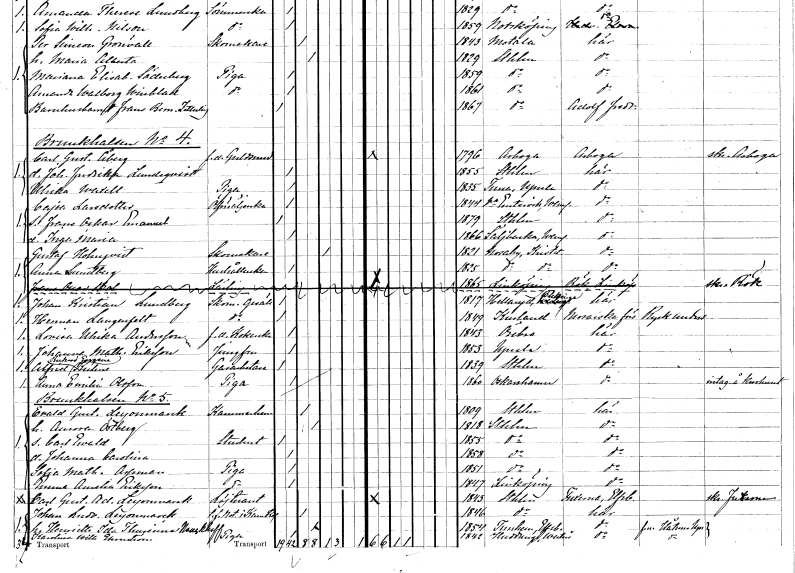
gt_parse: households: individuals: FN: Carl Gustaf
EN: Åberg
YRKE: Guldsmed f.d.
KON: M
CIV: O
FODAR: 1796
FODFORS: Arboga Västmanlands län
FN: Johanna Fredrika
EN: Lundqvist
KON: K
CIV: O
FODAR: 1855
FODFORS: Stockholm
FN: Ulrika
EN: Waxell
YRKE: Piga
KON: K
CIV: O
FODAR: 1835
FODFORS: Tuna Uppsala län
FN: Cajsa
EN: Larsdotter
YRKE: Ölförsäljerska
KON: K
CIV: O
FODAR: 1844
FODFORS: Västra Ämtervik Värmlands län
FN: Frans Oskar Emanuel
KON: M
CIV: O
FODAR: 1879
FODFORS: Stockholm
FN: Inga Maria
KON: K
CIV: O
FODAR: 1866
FODFORS: Säljbacka Värmlands län
FN: Gustaf
EN: Holmqvist
YRKE: Skomakare
KON: M
CIV: E
FODAR: 1821
FODFORS: Nosaby Kristianstads län
FN: Anna
EN: Lundberg
YRKE: Hushållerska
KON: K
CIV: O
FODAR: 1825
FODFORS: Nosaby Kristianstads län
FN: Frans Oscar
EN: Bral
YRKE: Lärling
KON: M
CIV: O
FODAR: 1865
FODFORS: Linköping Östergötlands län
FN: Johan Kristian
EN: Lundberg
YRKE: Skomakaregesäll
KON: M
CIV: O
FODAR: 1817
FODFORS: Hällaryd Blekinge län
FN: Herman
EN: Langenfeldt
YRKE: Skomakaregesäll
KON: M
CIV: O
FODAR: 1849
FN: Lovisa Ulrika
EN: Andersson
YRKE: Kokerska f.d.
KON: K
CIV: O
FODAR: 1843
FODFORS: Örebro Örebro län
FN: Johanna Mathilda
EN: Eriksson
YRKE: Jungfru
KON: K
CIV: O
FODAR: 1853
FODFORS: Uppsala Uppsala län
FN: Alfrid Richard Eugéne
EN: Kuhne
YRKE: Gasarbetare
KON: M
CIV: O
FODAR: 1839
FODFORS: Stockholm
FN: Anna Emilia
EN: Olsson
YRKE: Piga
KON: K
CIV: O
FODAR: 1860
FODFORS: Oskarshamn Kalmar län
FN: Evald Gustaf
EN: Leijonmarck
KON: M
CIV: G
FODAR: 1809
FODFORS: Stockholm
FN: Aurora
EN: Östberg
KON: K
CIV: G
FODAR: 1818
FODFORS: Stockholm
FN: Carl Ewald
YRKE: Student
KON: M
CIV: O
FODAR: 1855
FODFORS: Stockholm
FN: Johanna Carolina
KON: K
CIV: O
FODAR: 1858
FODFORS: Stockholm
FN: Sofia Mathilda
EN: Aspman
YRKE: Piga
KON: K
CIV: O
FODAR: 1851
FODFORS: Stockholm
FN: Emma Amalia
EN: Eriksson
YRKE: Piga
KON: K
CIV: O
FODAR: 1847
FODFORS: Linköping Östergötlands län
FN: Carl Gustaf Adolf
EN: Leijonmarck
YRKE: Löjtnant
KON: M
CIV: O
FODAR: 1843
FODFORS: Stockholm
FN: Johan Ludvig
EN: Leijonmarck
YRKE: Notarie t.f. i kammarkollegiet
KON: M
CIV: G
FODAR: 1846
FODFORS: Stockholm
FN: Henrietta Ida Thurinna
EN: Nauckhoff
KON: K
CIV: G
FODAR: 1854
FODFORS: Västra Tunhem Älvsborgs län
FN: Karolina Wilhelmina
EN: Ehrnström
YRKE: Piga
KON: K
CIV: O
FODAR: 1842
FODFORS: Huddunge Västmanlands län